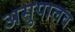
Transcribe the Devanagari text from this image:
असुपालव